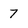
Character: 7